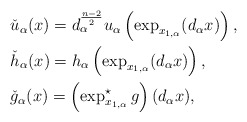
\begin{align*}&\check{u}_\alpha(x) = d_\alpha^{\frac{n-2}{2}} u_\alpha\left(\exp_{x_{1,\alpha}} (d_\alpha x) \right),\\&\check{h}_\alpha(x) = h_\alpha\left(\exp_{x_{1,\alpha}}(d_\alpha x) \right),\\&\check{g}_\alpha(x) = \left(\exp^\star_{x_{1,\alpha}} g \right) (d_\alpha x),\end{align*}